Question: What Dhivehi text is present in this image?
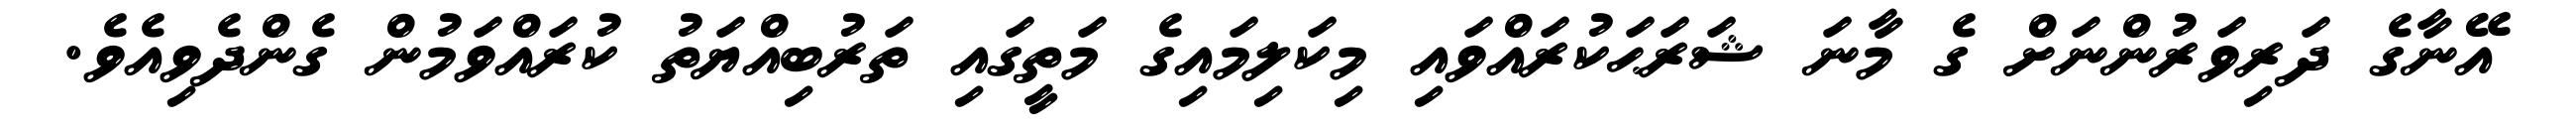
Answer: އޭނާގެ ދަރިވަރުންނަށް ގެ މާނަ ޝަރަޙަކުރައްވައި މިކަލިމައިގެ މަތީގައި ތަރުބިއްޔަތު ކުރައްވަމުން ގެންދެވިއެވެ.